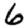
Digit: 6